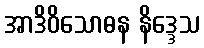
အာဒိဝိသောဓန နိဒ္ဒေသ